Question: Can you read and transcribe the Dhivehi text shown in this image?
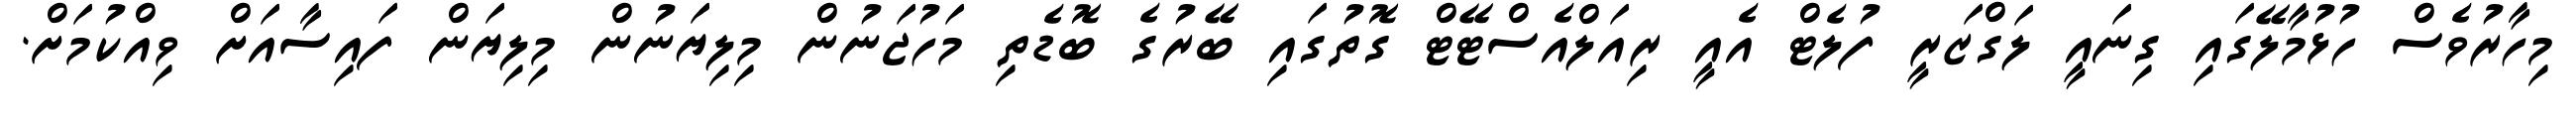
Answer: މިހާރުވެސް ހުޅުމާލޭގައި ގިނައީ ލަގްޒަރީ ފުލެޓް އެއީ ރިއަލްއެސްޓޭޓް ގޮތުގައި ބޭރުގެ ބޮޑެތި މަހުޖަނުން މިލިޔަނުން މިލިޔަން ފައިސާއަށް ވިއްކުމަށް.